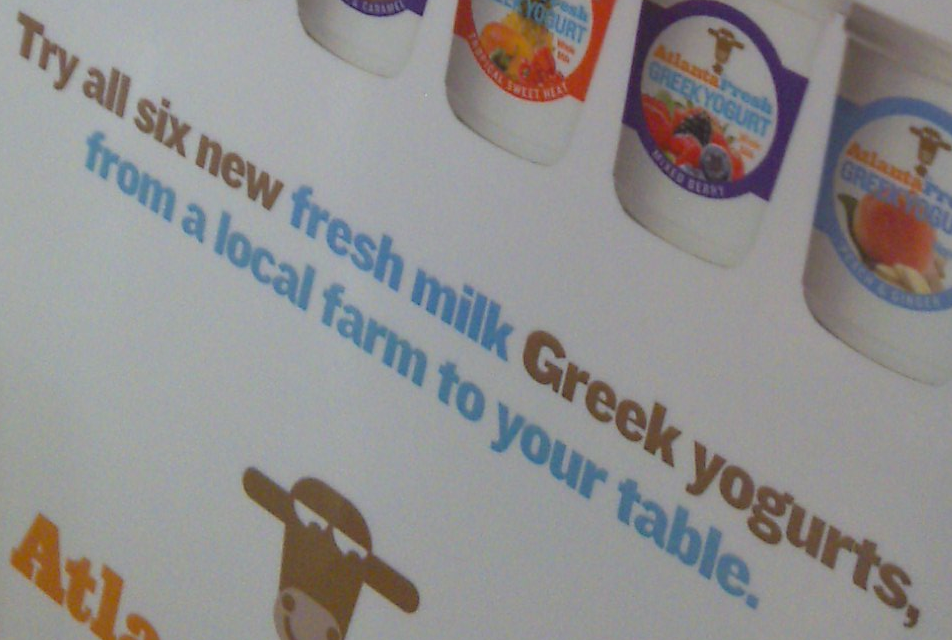
Try all six new fresh milk Greek yogurts,